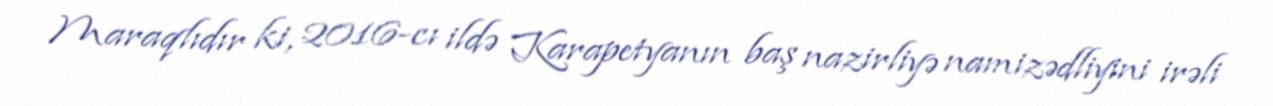
Maraqlıdır ki, 2016-cı ildə Karapetyanın baş nazirliyə namizədliyini irəli